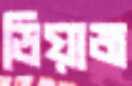
ডিয়াজ